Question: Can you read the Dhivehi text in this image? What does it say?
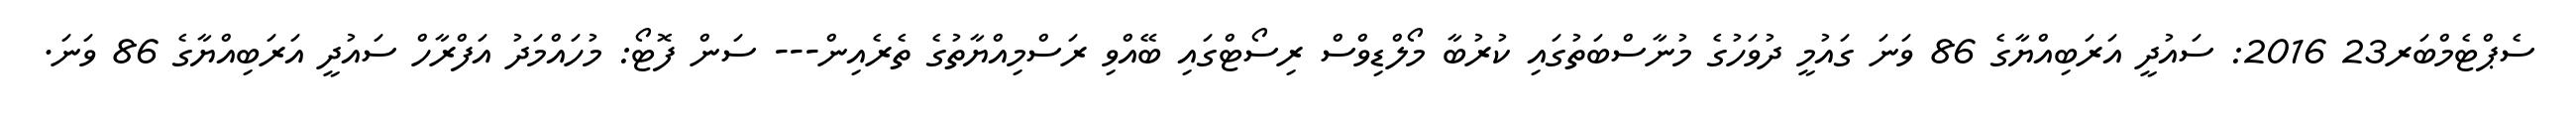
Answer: ސެޕްޓެމްބަރ23 2016: ސައުދީ އަރަބިއްޔާގެ 86 ވަނަ ގައުމީ ދުވަހުގެ މުނާސްބަތުގައި ކުރުބާ މޯލްޑިވްސް ރިސޯޓްގައި ބޭއްވި ރަސްމިއްޔާތުގެ ތެރެއިން--- ސަން ފޮޓޯ: މުހައްމަދު އަފްރާހް ސައުދީ އަރަބިއްޔާގެ 86 ވަނަ.